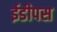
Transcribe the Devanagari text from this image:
ईडीपस